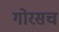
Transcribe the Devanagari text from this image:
गोरसच